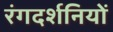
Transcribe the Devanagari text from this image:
रंगदर्शनियों